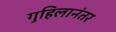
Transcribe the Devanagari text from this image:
गुहिलानंतर